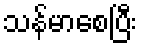
သန်မာစေပြီး